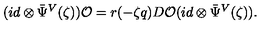
( i d \otimes { \bar { \Psi } } ^ { V } ( \zeta ) ) { \cal O } = r ( - \zeta q ) D { \cal O } ( i d \otimes { \bar { \Psi } } ^ { V } ( \zeta ) ) .